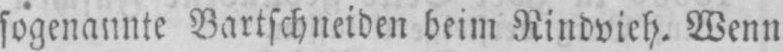
beim Rindvieh. Wenn